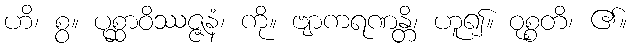
ဟိ၊ စွ။ ပုစ္ဆာဝိဿဇ္ဇနံ၊ ကို။ ဗျာကရဏန္တိ၊ ဟူ၍။ ဝုစ္စတိ၊ ၏။